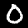
Digit: 0